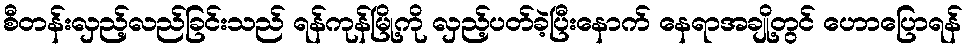
စီတန်းလှည့်လည်ခြင်းသည် ရန်ကုန်မြို့ကို လှည့်ပတ်ခဲ့ပြီးနောက် နေရာအချို့တွင် ဟောပြောရန်